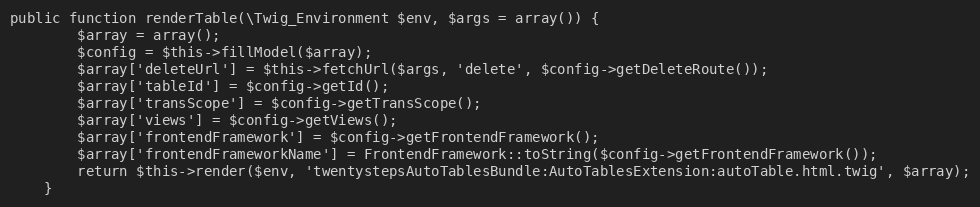
Language: PHP
public function renderTable(\Twig_Environment $env, $args = array()) {
        $array = array();
        $config = $this->fillModel($array);
        $array['deleteUrl'] = $this->fetchUrl($args, 'delete', $config->getDeleteRoute());
        $array['tableId'] = $config->getId();
        $array['transScope'] = $config->getTransScope();
        $array['views'] = $config->getViews();
        $array['frontendFramework'] = $config->getFrontendFramework();
        $array['frontendFrameworkName'] = FrontendFramework::toString($config->getFrontendFramework());
        return $this->render($env, 'twentystepsAutoTablesBundle:AutoTablesExtension:autoTable.html.twig', $array);
    }